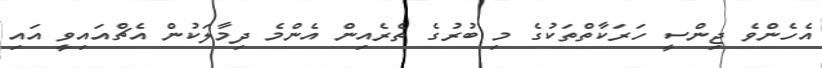
އެހެންވެ ޖިންސީ ހަރަކާތްތަކުގެ މި ބުރުގެ ތެރެއިން އެންމެ ދިމާލަކުން އެޗްއައިވީ އައި